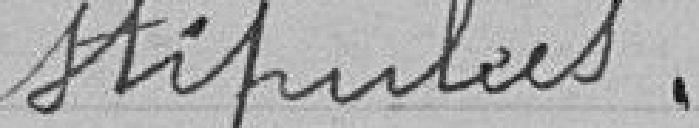
stipulées.